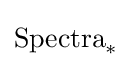
{\text{Spectra}}_{*}